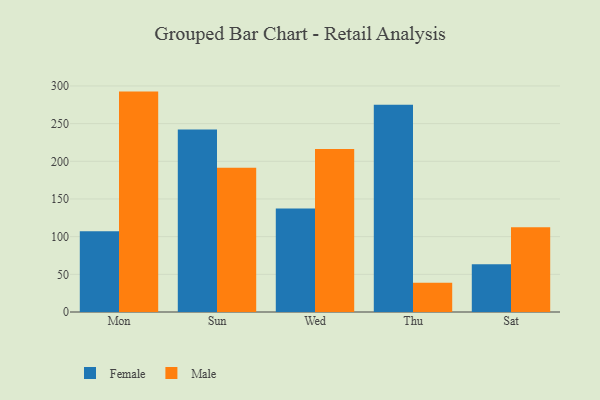
{"axis": {"x": "Day", "y": "Market Share (%)"}, "legend": ["Female", "Male"], "data": [{"x": "Mon", "y": 107.1, "type": "Female"}, {"x": "Mon", "y": 292.5, "type": "Male"}, {"x": "Sun", "y": 242.1, "type": "Female"}, {"x": "Sun", "y": 191.5, "type": "Male"}, {"x": "Wed", "y": 137.2, "type": "Female"}, {"x": "Wed", "y": 216.4, "type": "Male"}, {"x": "Thu", "y": 275.2, "type": "Female"}, {"x": "Thu", "y": 38.9, "type": "Male"}, {"x": "Sat", "y": 63.4, "type": "Female"}, {"x": "Sat", "y": 112.6, "type": "Male"}]}